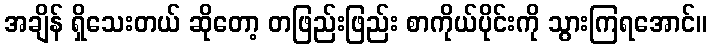
အချိန် ရှိသေးတယ် ဆိုတော့ တဖြည်းဖြည်း စာကိုယ်ပိုင်းကို သွားကြရအောင်။